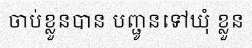
ចាប់ខ្លួនបាន បញ្ជូនទៅឃុំ ខ្លួន